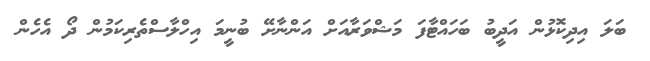
ބަލަ އިދިކޮޅުން އަދީބު ބަހައްޓާފަ މަޝްވަރާއަށް އަންނާށޭ ބުނީމަ އިހްލާސްތެރިކަމުން ދޯ އެހެން